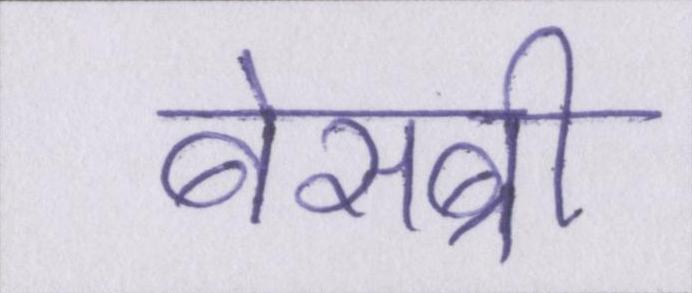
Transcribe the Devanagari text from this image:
बेसब्री